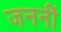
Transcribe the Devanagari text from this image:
जननीं